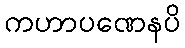
ကဟာပဏေနပိ